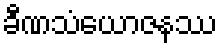
ခီဏသံယောဇနဿ